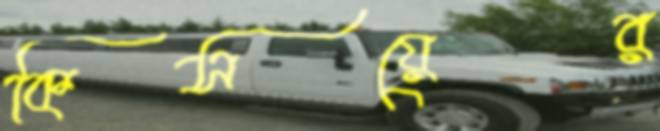
কিসয়ের